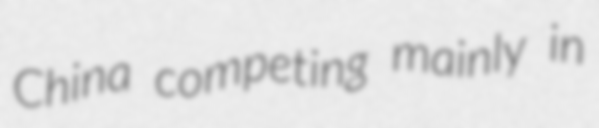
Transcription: China competing mainly in